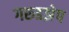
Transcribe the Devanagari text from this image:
गरुडझेप